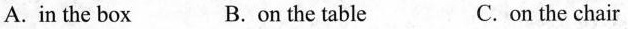
A. in the box B. on the table C.on the chair